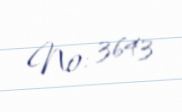
№: 3643